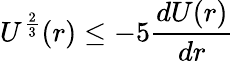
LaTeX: U^{\frac{2}{3}}(r)\leq-5\frac{dU(r)}{dr}